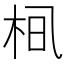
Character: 𪲂